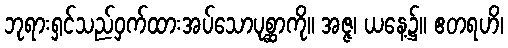
ဘုရားရှင်သည်ဝှက်ထားအပ်သောပုစ္ဆာကို။ အဇ္ဇ၊ ယနေ့၌။ ဧတရဟိ၊